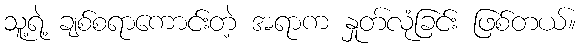
သူ့ရဲ့ ချစ်စရာကောင်းတဲ့ အရာက နှုတ်လုံခြင်း ဖြစ်တယ်။